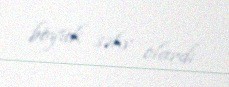
böyük səhv olardı.